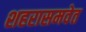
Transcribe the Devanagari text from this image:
शहरासमवेत